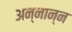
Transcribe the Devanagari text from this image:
अन्नान्न